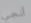
أنجي